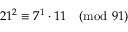
2 1 ^ { 2 } \equiv 7 ^ { 1 } \cdot 1 1 { \pmod { 9 1 } }